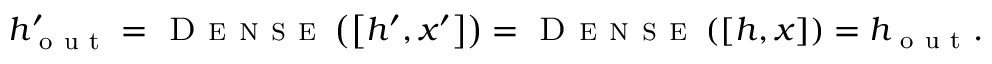
h _ { \mathrm { ~ o ~ u ~ t ~ } } ^ { \prime } = \textsc { D e n s e } \left( \left[ h ^ { \prime } , x ^ { \prime } \right] \right) = \textsc { D e n s e } \left( \left[ h , x \right] \right) = h _ { \mathrm { ~ o ~ u ~ t ~ } } .